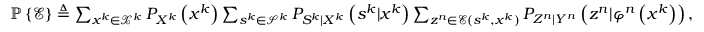
\begin{array} { r } { \mathbb { P } \left\{ \mathcal { E } \right\} \triangleq \sum _ { x ^ { k } \in \mathcal { X } ^ { k } } P _ { X ^ { k } } \left( x ^ { k } \right) \sum _ { s ^ { k } \in \mathcal { S } ^ { k } } P _ { S ^ { k } | X ^ { k } } \left( s ^ { k } | x ^ { k } \right) \sum _ { z ^ { n } \in \mathcal { E } ( s ^ { k } , x ^ { k } ) } P _ { Z ^ { n } | Y ^ { n } } \left( z ^ { n } | \varphi ^ { n } \left( x ^ { k } \right) \right) , } \end{array}